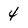
Character: 4